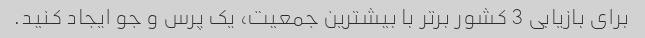
برای بازیابی 3 کشور برتر با بیشترین جمعیت، یک پرس و جو ایجاد کنید.